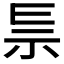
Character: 𥘐